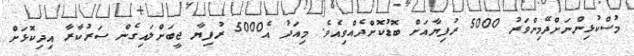
މުސްކުޅިންނަށްދޭމިންވަރު 5000 ރުފިޔާއަށް ބޮޑުކޮށްދެއްވިއެވެ. މިއަދު އެ5000 ރުފިޔާ ޖީބަށްލައިގެން ސަރުކާރާ އިދިކޮޅަށް